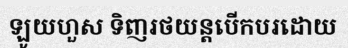
ឡូយហួស ទិញរថយន្តបើកបរដោយ